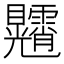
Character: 𥍕